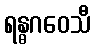
ရန္ဓဂဝေသီ